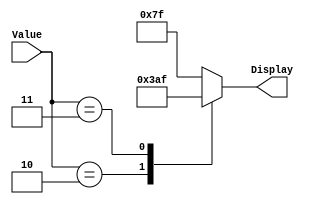
module seg7DisplayforSecond
(
	input [1:0] Value,
	output reg [6:0] Display
);

//assign Display [6:0] = Value ? 7'b0101111: 7'b0001111;

always@(Value)
		case(Value)
			2'b10: Display[6:0] = 7'b0000111;//t
			2'b11: Display[6:0] = 7'b0101111;//r
			default: Display[6:0] = 7'b1111111; // OFf
		endcase	
		
endmodule